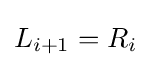
L_{i+1}=R_{i}